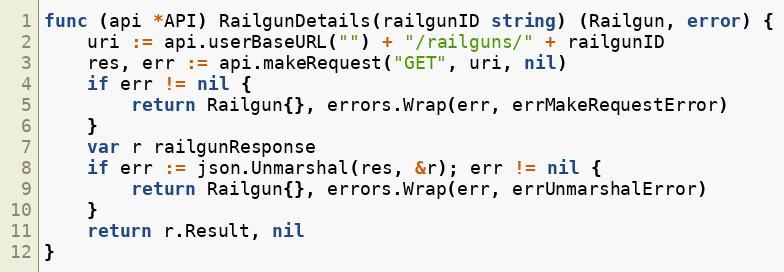
Language: Go
func (api *API) RailgunDetails(railgunID string) (Railgun, error) {
	uri := api.userBaseURL("") + "/railguns/" + railgunID
	res, err := api.makeRequest("GET", uri, nil)
	if err != nil {
		return Railgun{}, errors.Wrap(err, errMakeRequestError)
	}
	var r railgunResponse
	if err := json.Unmarshal(res, &r); err != nil {
		return Railgun{}, errors.Wrap(err, errUnmarshalError)
	}
	return r.Result, nil
}